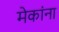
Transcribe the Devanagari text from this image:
मेकांना